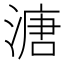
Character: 溏